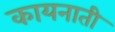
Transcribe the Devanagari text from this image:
कायनाती